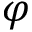
\varphi